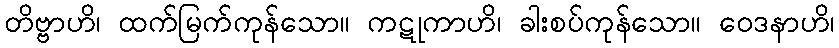
တိဗ္ဗာဟိ၊ ထက်မြက်ကုန်သော။ ကဋုကာဟိ၊ ခါးစပ်ကုန်သော။ ဝေဒနာဟိ၊